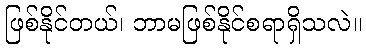
ဖြစ်နိုင်တယ်၊ ဘာမဖြစ်နိုင်စရာရှိသလဲ။